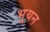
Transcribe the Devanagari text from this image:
भूयन